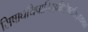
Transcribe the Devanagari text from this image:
सिषाधयिषाविरहविशिष्टसिद्ध्यभाव